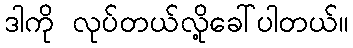
ဒါကို လုပ်တယ်လို့ခေါ်ပါတယ်။